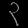
Digit: ၃